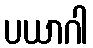
ပယာဂါ